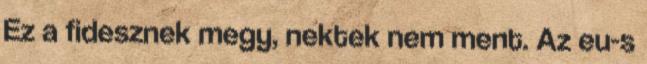
Ez a fidesznek megy, nektek nem ment. Az eu-s